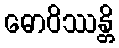
ဓောဝိဿန္တိ